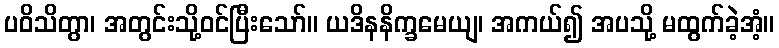
ပဝိသိတွာ၊ အတွင်းသို့ဝင်ပြီးသော်။ ယဒိနနိက္ခမေယျ၊ အကယ်၍ အပသို့ မထွက်ခဲ့အံ့။